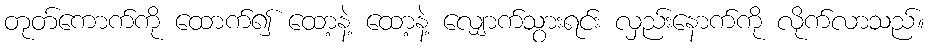
တုတ်ကောက်ကို ထောက်၍ ထော့နဲ့ ထော့နဲ့ လျှောက်သွားရင်း လှည်းနောက်ကို လိုက်လာသည်။